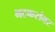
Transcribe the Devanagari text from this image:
भटकरांवर